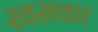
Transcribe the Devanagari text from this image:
खसका